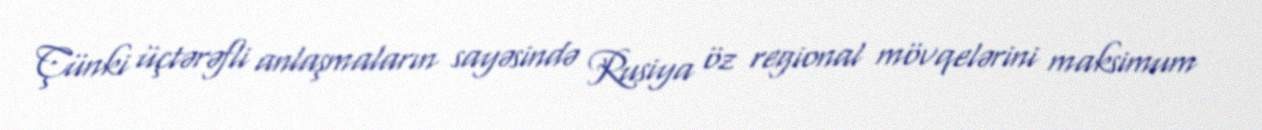
Çünki üçtərəfli anlaşmaların sayəsində Rusiya öz regional mövqelərini maksimum